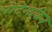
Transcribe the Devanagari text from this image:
पोटेमकिन्